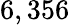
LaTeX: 6,356